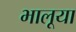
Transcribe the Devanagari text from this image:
भालूया